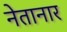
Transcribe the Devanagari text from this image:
नेतानार